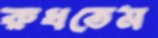
রুধতেম